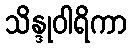
သိန္ဒုဝါရိကာ